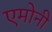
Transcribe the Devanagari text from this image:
एमोनी